Regulations for the medical services of the Army of India
Year: 1930
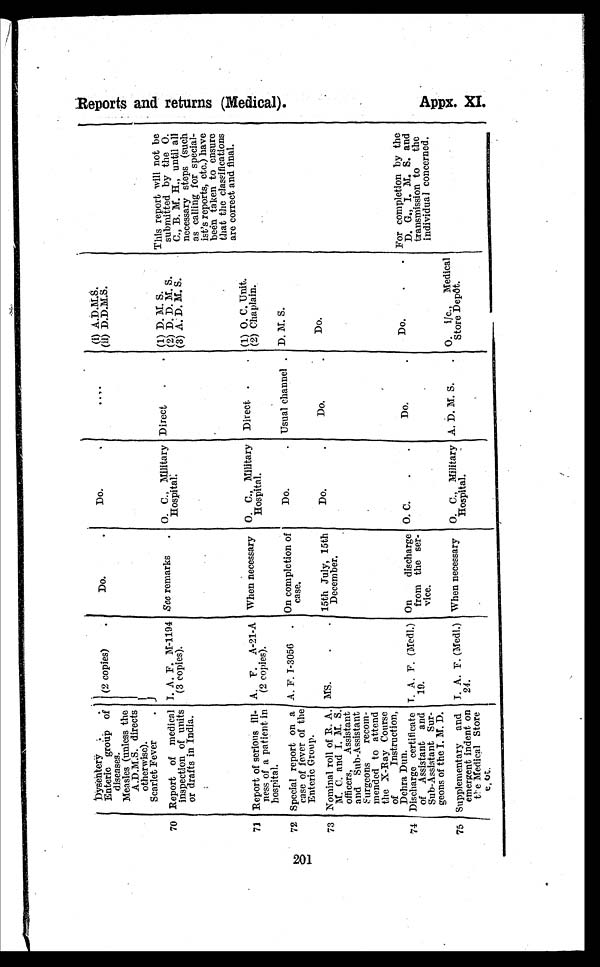
Dysentery
. .
Enteric group of
diseases.
(2 copies)
.
Do.
.
Do.
.
. . . .
(i) A.D.M.S.
(ii) D.D.M.S.
Measles (unless the
A.D.M.S. directs
otherwise).
Scarlet Fever
.
70 Report of medical
inspection of units
or drafts in India.
I. A. F. M-1194
(3 copies).
See remarks . O. C., Military
Hospital:
Direct .
. (1) D. M. S.
(2) D. D. M. S.
(3) A. D. M. S.
This report will not be
submitted by the O.
C., B. M. H., until all
necessary steps (such
as calling for special-
ist's reports, etc.) have
been taken to ensure
that the classifications
are correct and final.
71 Report of serious ill-
ness of a patient in
hospital.
A. F. A-21-A
(2 copies).
When necessary O. C., Military
Hospital.
Direct .
. (1) O. C. Unit.
(2) Chaplain.
72 Special report on a
case of fever of the
Enteric Group.
A. F. I-3056 . On completion of
case.
Do.
. Usual channel . D. M. S.
73 Nominal roll of R. A.
M. C. and I.M. S.
officers, Assistant
and Sub-Assistant
Surgeons recom-
mended to attend
the X-Ray Course
of
Instruction,
Dehra Dun.
MS.
.
. 15th July, 15th
December.
Do.
.
Do.
.
Do.
74 Discharge certificate
of Assistant and
Sub-Assistant Sur-
geons of the I. M. D.
T. A. F. (Medl.)
19.
On
discharge
from the ser-
vice.
O. C.
.
.
D o . .
Do.
.
. For completion by the
D. G., I. M. S. and
transmission to the
individual concerned.
75 Supplementary and
emergent indent on
the Medical Store e. ot.
I. A. F. (Medl.)
24.
When necessary
O .
C . ,
M i l i t a r y
Hospital.
A. D. M. S.
. O. i/c., Medical
Store Depôt.
R e p o r t a n d r e t u r n s ( M e d i c a l ) .
Ap p x . XI .